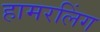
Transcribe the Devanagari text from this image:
हामरलिंग